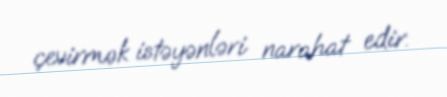
çevirmək istəyənləri narahat edir.